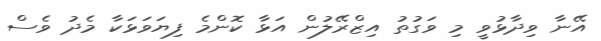
އޭނާ ވިދާޅުވީ މި ވަގުތު އިޒްރޭލުން އަޅާ ކޮންމެ ފިޔަވަޅަކާ މެދު ވެސް